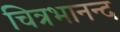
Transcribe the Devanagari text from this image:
चित्रभानन्द